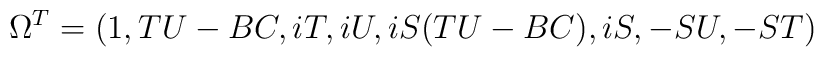
\Omega^T = (1, TU - BC, iT, iU, iS(TU - BC),  iS, -SU, -ST)